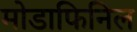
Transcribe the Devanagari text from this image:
मोडाफिनिल